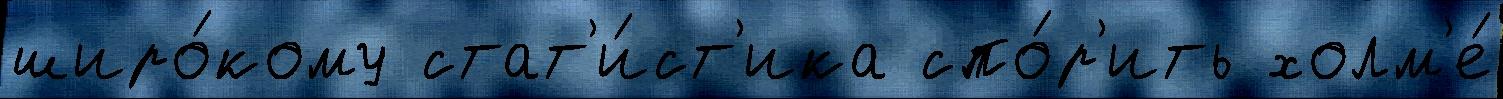
широ́кому стат'и́ст'ика спо́р'ить холм'е́